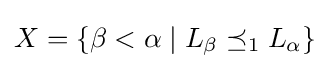
X=\left\{\beta <\alpha \mid L_{\beta }\preceq _{1}L_{\alpha }\right\}